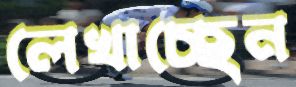
লেখাচ্ছেন